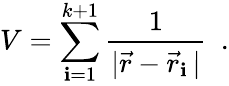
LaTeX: V=\sum_{\mathbf{i}=1}^{k+1}\frac{{1}}{{|\vec{{r}}-\vec{{r}}_{\mathbf{i}}\, |}}~~.